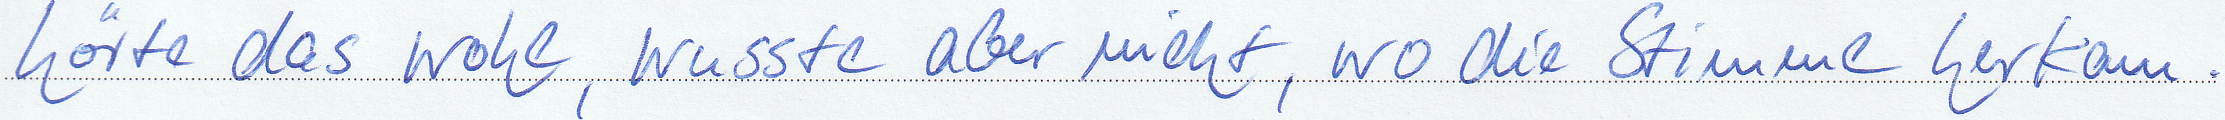
hörte das Wohl, wusste aber nicht, wo die Stimme herkam.